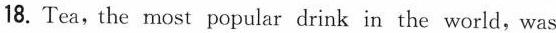
18. Tea,the most popular drink in the world,was